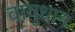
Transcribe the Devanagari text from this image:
वायुधान